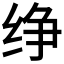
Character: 𰬑